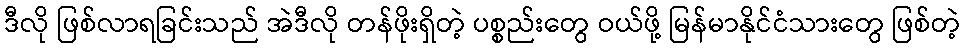
ဒီလို ဖြစ်လာရခြင်းသည် အဲဒီလို တန်ဖိုးရှိတဲ့ ပစ္စည်းတွေ ဝယ်ဖို့ မြန်မာနိုင်ငံသားတွေ ဖြစ်တဲ့